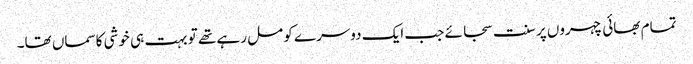
تمام بھائی چہروں پر سنت سجائے جب ایک دوسرے کو مل رہے تھے تو بہت ہی خوشی کاسماں تھا۔